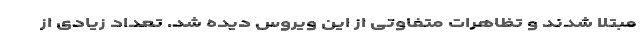
مبتلا شدند و تظاهرات متفاوتی از این ویروس دیده شد. تعداد زیادی از